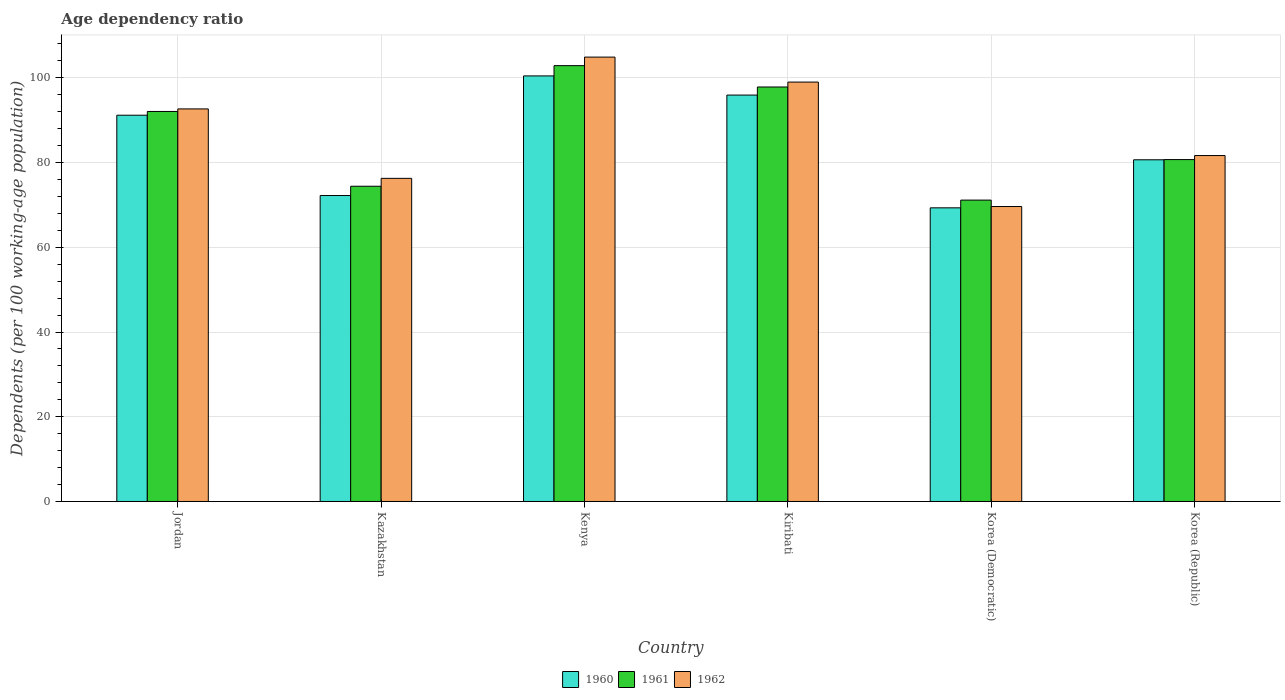
| Country | 1960 | 1961 | 1962 |
 | --- | --- | --- | --- |
 | Jordan | 91.2 | 92.1 | 92.7 |
 | Kazakhstan | 72.2 | 74.4 | 76.3 |
 | Kenya | 100 | 103 | 105 |
 | Kiribati | 95.9 | 97.9 | 99 |
 | Korea (Democratic) | 69.3 | 71.1 | 69.6 |
 | Korea (Republic) | 80.7 | 80.7 | 81.7 |